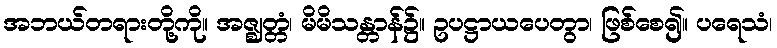
အဘယ်တရားတို့ကို။ အဇ္ဈတ္တံ၊ မိမိသန္တာန်၌။ ဥပဋ္ဌာယပေတွာ၊ ဖြစ်စေ၍။ ပရေသံ၊